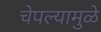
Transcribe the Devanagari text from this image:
चेपल्यामुळे